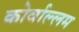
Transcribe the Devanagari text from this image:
कोर्वाल्लम